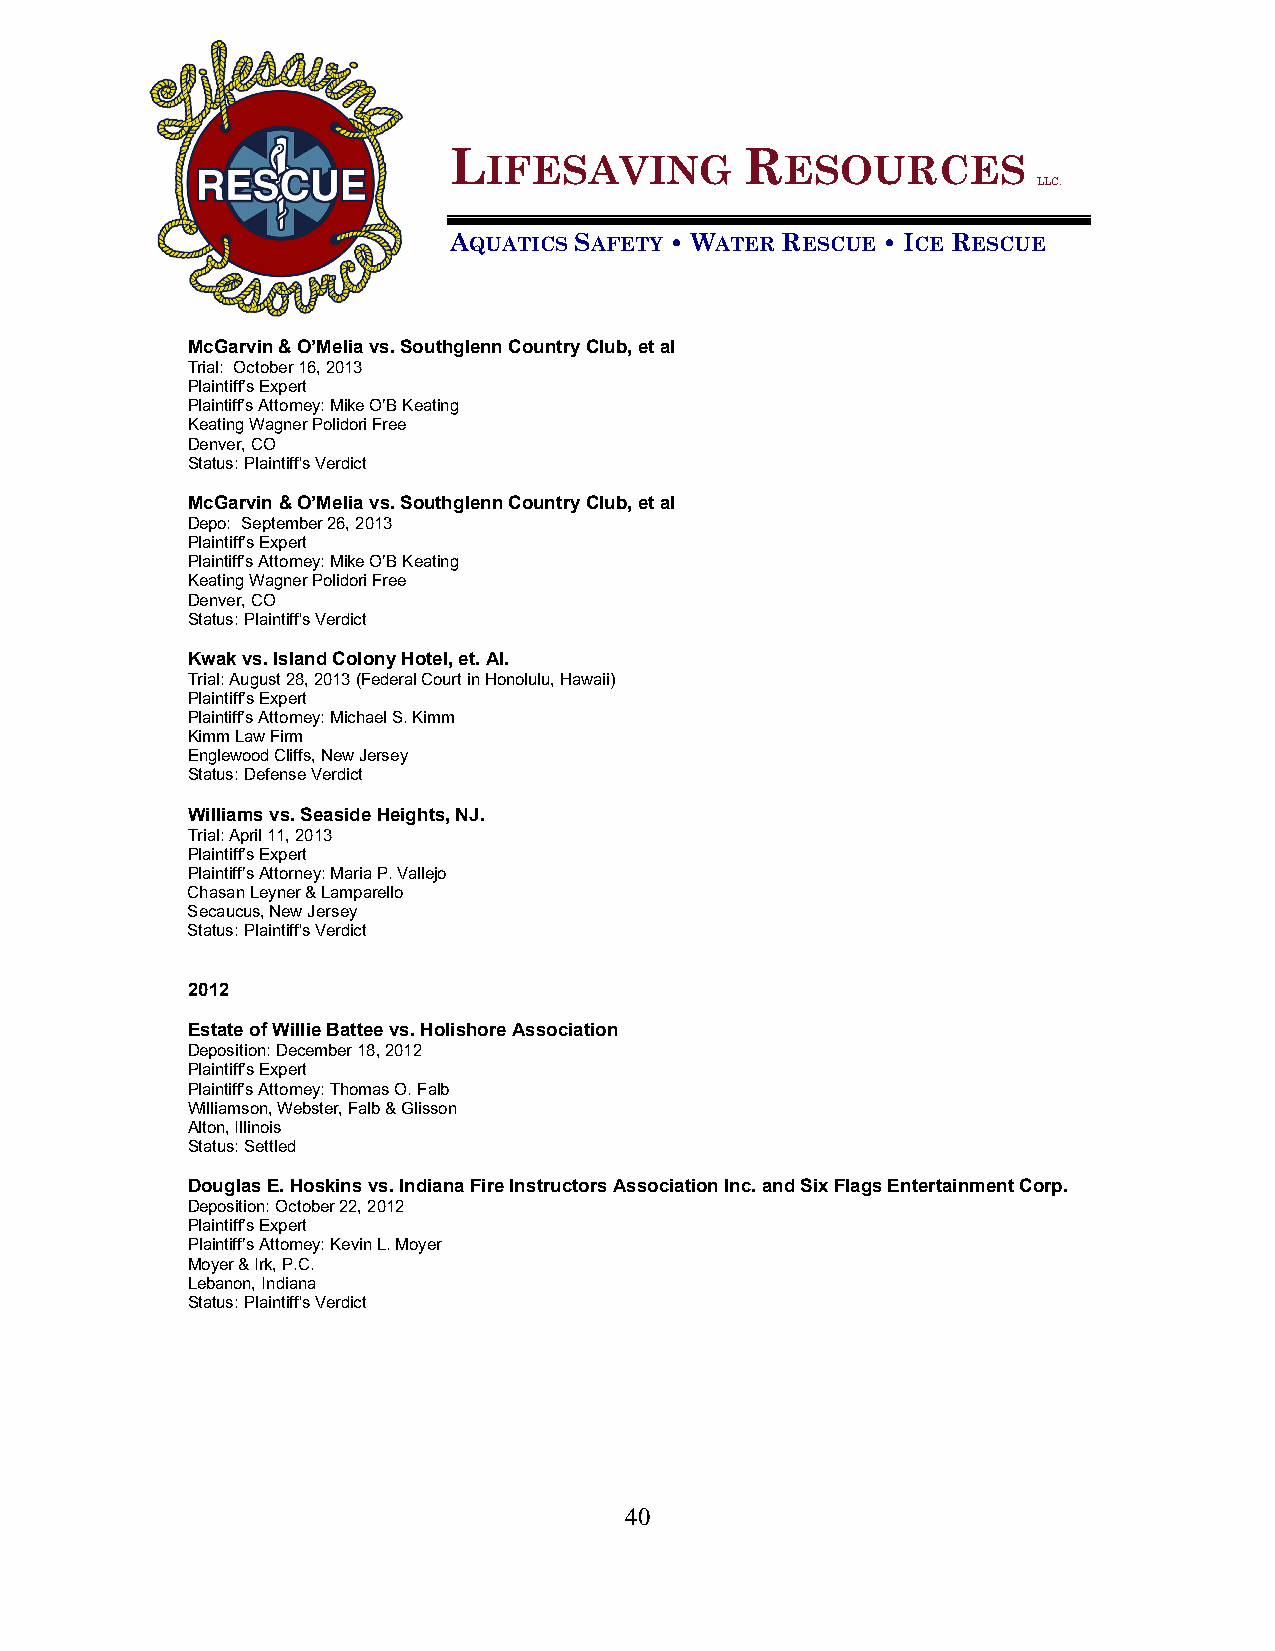
L                  R
 IFESAVING           ESOURCES
 LLC.
 AQUATICS SAFETY • WATER RESCUE • ICE RESCUE
 McGarvin & O’Melia vs. Southglenn Country Club, et al
 Trial: October 16, 2013
 Plaintiff’s Expert
 Plaintiff’s Attorney: Mike O’B Keating
 Keating Wagner Polidori Free
 Denver, CO
 Status: Plaintiff's Verdict
 McGarvin & O’Melia vs. Southglenn Country Club, et al
 Depo: September 26, 2013
 Plaintiff’s Expert
 Plaintiff’s Attorney: Mike O’B Keating
 Keating Wagner Polidori Free
 Denver, CO
 Status: Plaintiff's Verdict
 Kwak vs. Island Colony Hotel, et. Al.
 Trial: August 28, 2013 (Federal Court in Honolulu, Hawaii)
 Plaintiff’s Expert
 Plaintiff’s Attorney: Michael S. Kimm
 Kimm Law Firm
 Englewood Cliffs, New Jersey
 Status: Defense Verdict
 Williams vs. Seaside Heights, NJ.
 Trial: April 11, 2013
 Plaintiff’s Expert
 Plaintiff’s Attorney: Maria P. Vallejo
 Chasan Leyner & Lamparello
 Secaucus, New Jersey
 Status: Plaintiff's Verdict
 2012
 Estate of Willie Battee vs. Holishore Association
 Deposition: December 18, 2012
 Plaintiff’s Expert
 Plaintiff’s Attorney: Thomas O. Falb
 Williamson, Webster, Falb & Glisson
 Alton, Illinois
 Status: Settled
 Douglas E. Hoskins vs. Indiana Fire Instructors Association Inc. and Six Flags Entertainment Corp.
 Deposition: October 22, 2012
 Plaintiff’s Expert
 Plaintiff’s Attorney: Kevin L. Moyer
 Moyer & Irk, P.C.
 Lebanon, Indiana
 Status: Plaintiff's Verdict
 40